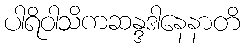
ပါရိဝါသိကဆန္ဒဒါနေနာတိ